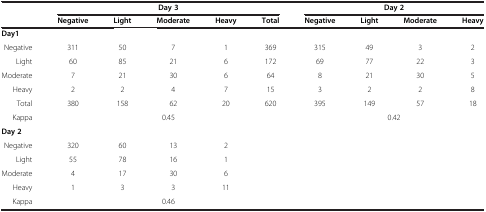
<table><thead><tr><td>[EMPTY_CELL]</td><td colspan="5"><b>Day 3</b></td><td colspan="4"><b>Day 2</b></td></tr><tr><td>[EMPTY_CELL]</td><td><b>Negative</b></td><td><b>Light</b></td><td><b>Moderate</b></td><td><b>Heavy</b></td><td><b>Total</b></td><td><b>Negative</b></td><td><b>Light</b></td><td><b>Moderate</b></td><td><b>Heavy</b></td></tr></thead><tbody><tr><td colspan="10"><b>Day1</b></td></tr><tr><td>Negative</td><td>311</td><td>50</td><td>7</td><td>1</td><td>369</td><td>315</td><td>49</td><td>3</td><td>2</td></tr><tr><td>Light</td><td>60</td><td>85</td><td>21</td><td>6</td><td>172</td><td>69</td><td>77</td><td>22</td><td>3</td></tr><tr><td>Moderate</td><td>7</td><td>21</td><td>30</td><td>6</td><td>64</td><td>8</td><td>21</td><td>30</td><td>5</td></tr><tr><td>Heavy</td><td>2</td><td>2</td><td>4</td><td>7</td><td>15</td><td>3</td><td>2</td><td>2</td><td>8</td></tr><tr><td>Total</td><td>380</td><td>158</td><td>62</td><td>20</td><td>620</td><td>395</td><td>149</td><td>57</td><td>18</td></tr><tr><td>Kappa</td><td colspan="5">0.45</td><td colspan="4">0.42</td></tr><tr><td><b>Day 2</b></td><td>[EMPTY_CELL]</td><td>[EMPTY_CELL]</td><td>[EMPTY_CELL]</td><td>[EMPTY_CELL]</td><td>[EMPTY_CELL]</td><td>[EMPTY_CELL]</td><td>[EMPTY_CELL]</td><td>[EMPTY_CELL]</td><td>[EMPTY_CELL]</td></tr><tr><td>Negative</td><td>320</td><td>60</td><td>13</td><td>2</td><td>[EMPTY_CELL]</td><td>[EMPTY_CELL]</td><td>[EMPTY_CELL]</td><td>[EMPTY_CELL]</td><td>[EMPTY_CELL]</td></tr><tr><td>Light</td><td>55</td><td>78</td><td>16</td><td>1</td><td>[EMPTY_CELL]</td><td>[EMPTY_CELL]</td><td>[EMPTY_CELL]</td><td>[EMPTY_CELL]</td><td>[EMPTY_CELL]</td></tr><tr><td>Moderate</td><td>4</td><td>17</td><td>30</td><td>6</td><td>[EMPTY_CELL]</td><td>[EMPTY_CELL]</td><td>[EMPTY_CELL]</td><td>[EMPTY_CELL]</td><td>[EMPTY_CELL]</td></tr><tr><td>Heavy</td><td>1</td><td>3</td><td>3</td><td>11</td><td>[EMPTY_CELL]</td><td>[EMPTY_CELL]</td><td>[EMPTY_CELL]</td><td>[EMPTY_CELL]</td><td>[EMPTY_CELL]</td></tr><tr><td>Kappa</td><td colspan="5">0.46</td><td>[EMPTY_CELL]</td><td>[EMPTY_CELL]</td><td>[EMPTY_CELL]</td><td>[EMPTY_CELL]</td></tr></tbody></table>